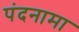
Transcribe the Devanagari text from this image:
पंदनामा